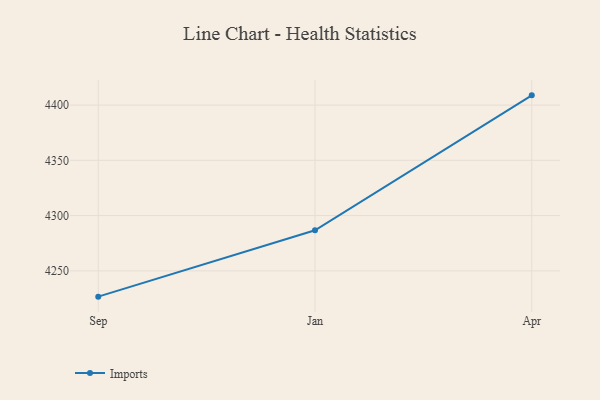
{"axis": {"x": "Month", "y": "Net Income (USD K)"}, "legend": ["Imports"], "data": [{"x": "Sep", "y": 4226.7, "type": "Imports"}, {"x": "Jan", "y": 4286.7, "type": "Imports"}, {"x": "Apr", "y": 4408.8, "type": "Imports"}]}